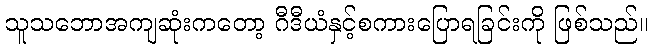
သူသဘောအကျဆုံးကတော့ ဂီဒီယံနှင့်စကားပြောရခြင်းကို ဖြစ်သည်။